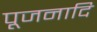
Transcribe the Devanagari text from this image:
पूजनादि